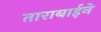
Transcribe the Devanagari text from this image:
ताराबाईने